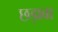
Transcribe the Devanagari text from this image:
छड़ावा